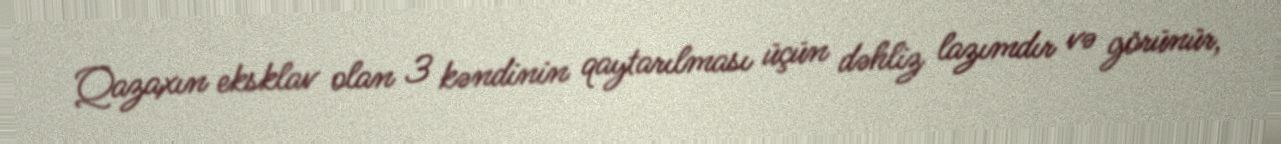
Qazaxın eksklav olan 3 kəndinin qaytarılması üçün dəhliz lazımdır və görünür,